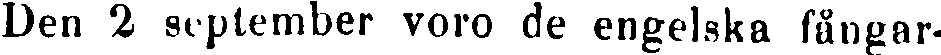
Den 2 september voro de engelska fångar-